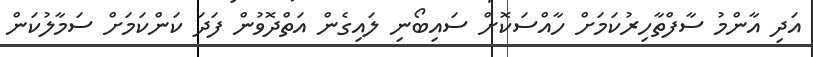
އަދި އާންމު ސާފްތާހިރުކަމަށް ހާއްސަކޮށް ސައިބޯނި ލައިގެން އަތްދޮވުން ފަދަ ކަންކަމަށް ސަމާލުކަން